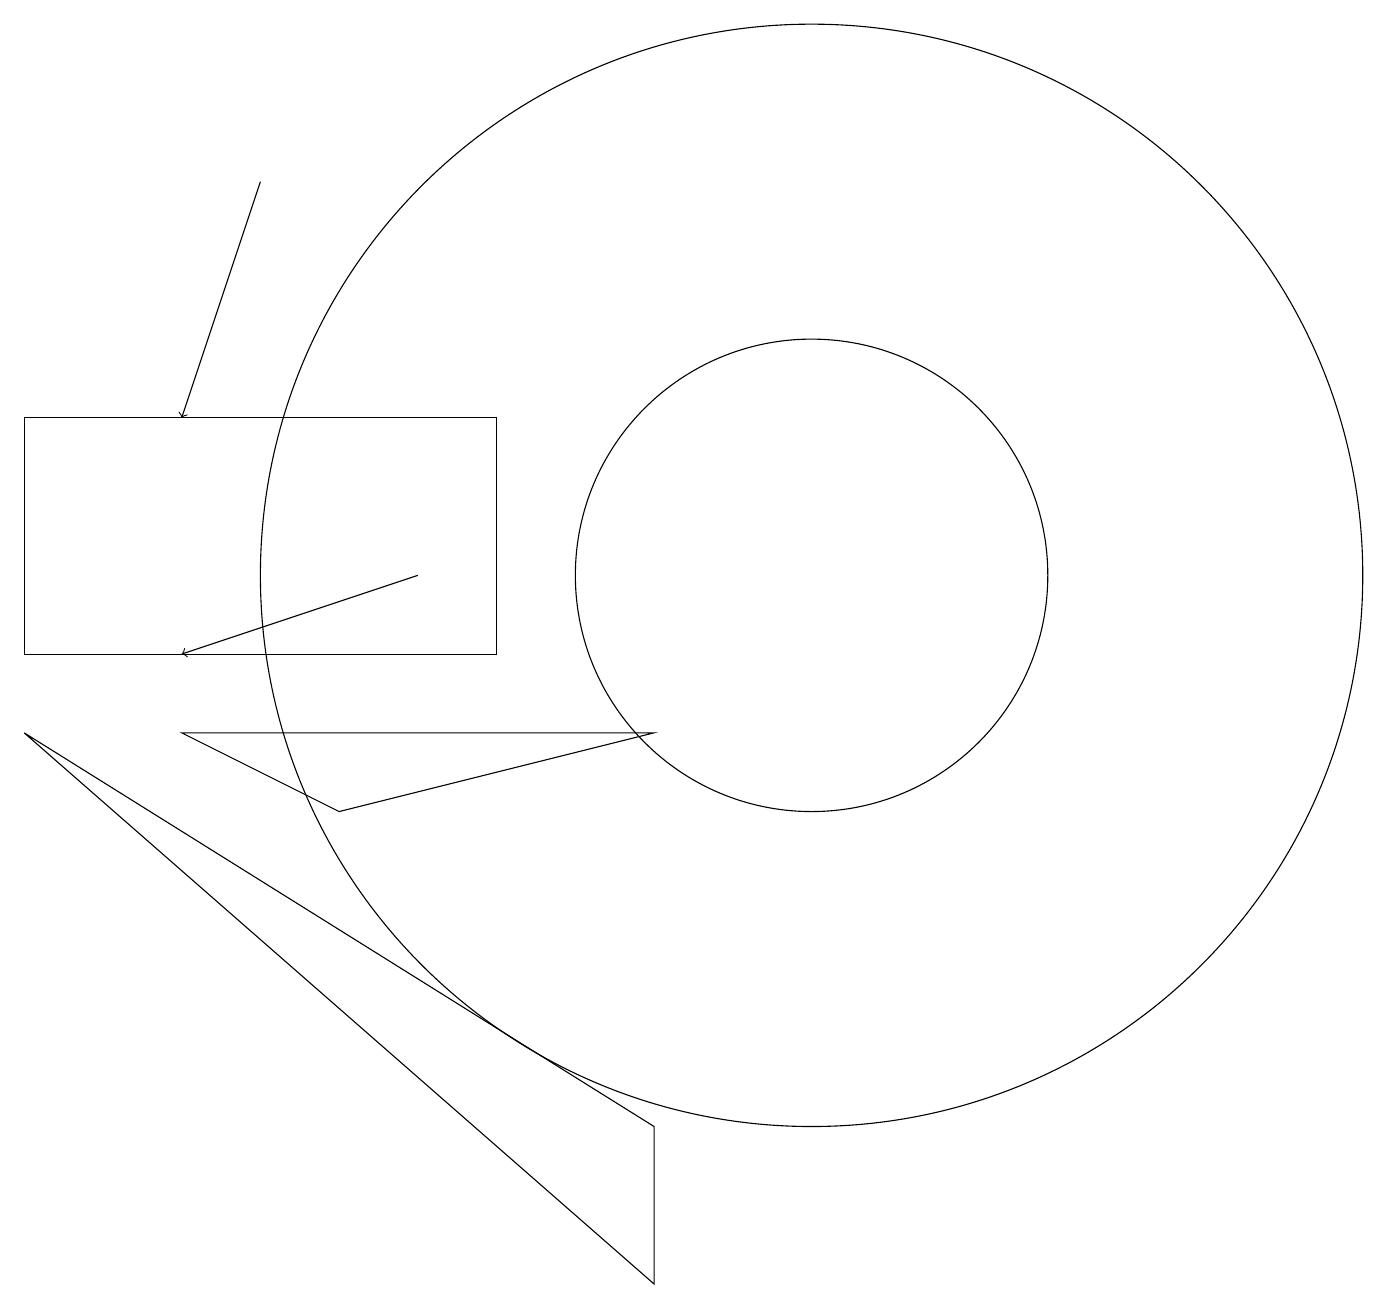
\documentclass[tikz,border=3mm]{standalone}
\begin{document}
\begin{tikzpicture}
\draw[->] (3,16) -- (2,13);
\draw (10,11) circle (7);
\draw[->] (5,11) -- (2,10);
\draw (0,10) rectangle (6,13);
\draw (10,11) circle (3);
\draw (8,9) -- (4,8) -- (2,9) -- cycle;
\draw (8,4) -- (0,9) -- (8,2) -- cycle;
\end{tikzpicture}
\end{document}